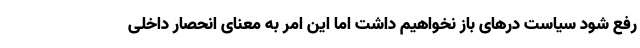
رفع شود سیاست درهای باز نخواهیم داشت اما این امر به معنای انحصار داخلی